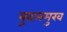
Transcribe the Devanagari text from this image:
बुदलमुख